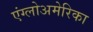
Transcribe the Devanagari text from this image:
एंग्लोअमेरिका